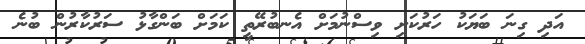
އަދި ގިނަ ބަޔަކު ހަރުކަށި ވިސްނުމަށް އެނބުރޭތީ ކަމަށް ބަންގާޅު ސަރުކާރުން ބުނެ